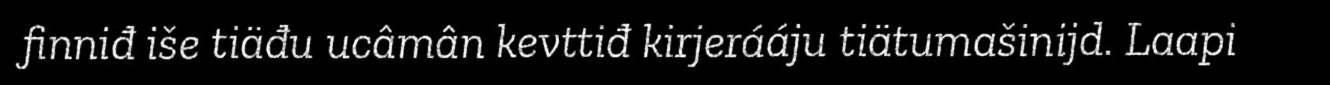
finniđ iše tiäđu ucâmân kevttiđ kirjerááju tiätumašinijd. Laapi